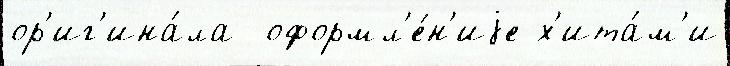
ор'иг'ина́ла  оформл'е́н'иjе х'ита́м'и